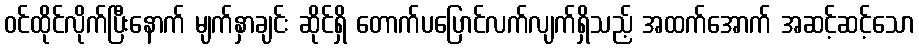
ဝင်ထိုင်လိုက်ပြီးနောက် မျက်နှာချင်း ဆိုင်ရှိ တောက်ပပြောင်လက်လျက်ရှိသည့် အထက်အောက် အဆင့်ဆင့်သော